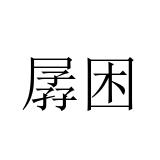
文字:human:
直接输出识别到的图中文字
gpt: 孱困